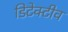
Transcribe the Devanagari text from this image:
डिटेक्टीव